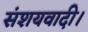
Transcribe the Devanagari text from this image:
संशयवादी।